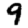
Digit: 9